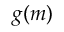
g ( m )